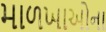
માળખાઓના